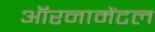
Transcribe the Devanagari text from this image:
ऑरनामेंटल